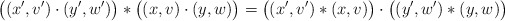
\begin{align*}\bigl((x',v') \cdot (y',w') \bigr) \ast \bigl( (x,v) \cdot (y,w) \bigr) =\bigl((x',v') \ast (x,v) \bigr) \cdot \bigl( (y',w') \ast (y,w) \bigr) \end{align*}